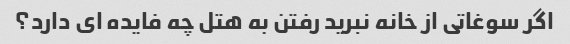
اگر سوغاتی از خانه نبرید رفتن به هتل چه فایده ای دارد؟